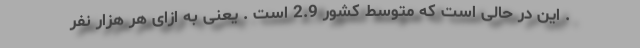
. این در حالی است که متوسط کشور 2.9 است . یعنی به ازای هر هزار نفر